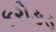
કરોઙડ